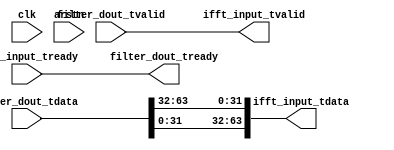
module format_conversion (
    input wire clk,    // Clock
    input wire arstn,  // Asynchronous reset active low
    input wire [63:0] filter_dout_tdata,
    input wire filter_dout_tvalid,
    output wire filter_dout_tready,

    output wire [63:0] ifft_input_tdata,
    output wire ifft_input_tvalid,
    input wire ifft_input_tready
);
    assign filter_dout_tready = ifft_input_tready;
    assign ifft_input_tvalid  = filter_dout_tvalid;
    assign ifft_input_tdata[63:32] = filter_dout_tdata[31:0];
    assign ifft_input_tdata[31:0]  = filter_dout_tdata[63:32];
    
endmodule